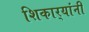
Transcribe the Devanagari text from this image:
शिकार्‍यांनी